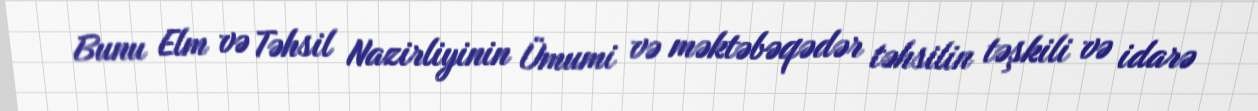
Bunu Elm və Təhsil Nazirliyinin Ümumi və məktəbəqədər təhsilin təşkili və idarə